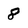
Character: 8